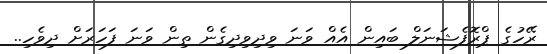
ރޭހުގެ ޕްރޮފެޝަނަލް ބައިން އެއް ވަނަ ވިދިވިދިގެން ތިން ވަނަ ފަހަރަށް ދިވެހި..